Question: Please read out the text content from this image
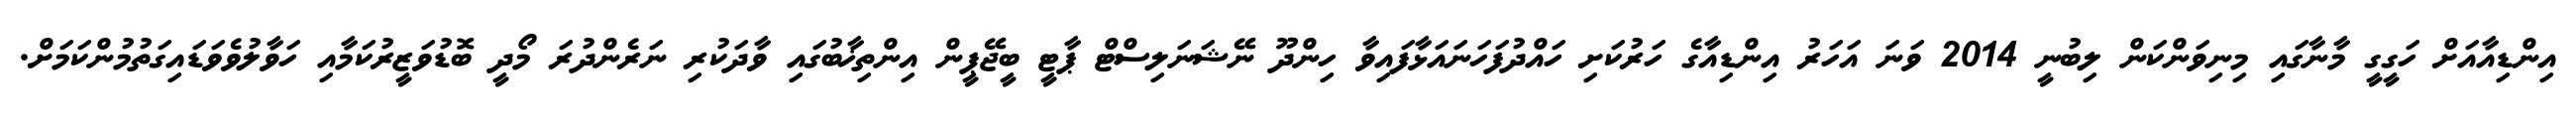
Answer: އިންޑިއާއަށް ހަގީގީ މާނާގައި މިނިވަންކަން ލިބުނީ 2014 ވަނަ އަހަރު އިންޑިއާގެ ހަރުކަށި ހައްދުފަހަނައަޅާފައިވާ ހިންދޫ ނޭޝަނަލިސްޓް ޕާޓީ ބީޖޭޕީން އިންތިޚާބުގައި ވާދަކުރި ނަރެންދުރަ މޯދީ ބޮޑުވަޒީރުކަމާއި ހަވާލުވެވަޑައިގަތުމުންކަމަށް.